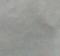
Signature authenticity: forged